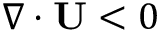
\nabla \cdot { \bf { U } } < 0